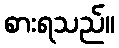
စားရသည်။